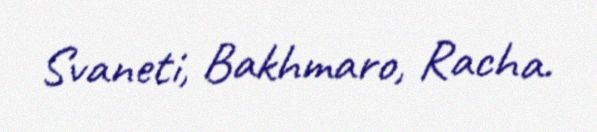
Svaneti, Bakhmaro, Racha.